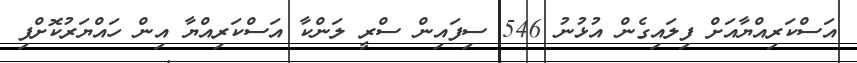
އަސްކަރިއްޔާއަށް ފިލައިގެން އުޅުނު 546 ސިފައިން ސްރީ ލަންކާ އަސްކަރިއްޔާ އިން ހައްޔަރުކޮށްފި